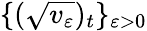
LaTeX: \{ (\sqrt{v_{\varepsilon}})_{t}\} _{\varepsilon>0}